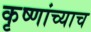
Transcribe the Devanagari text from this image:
कृष्णांच्याच